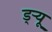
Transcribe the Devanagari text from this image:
ड्‌ऱ्यू